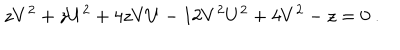
LaTeX: z V ^ { 2 } + z U ^ { 2 } + 4 z V U - 1 2 V ^ { 2 } U ^ { 2 } + 4 V ^ { 2 } - z = 0 ~ .